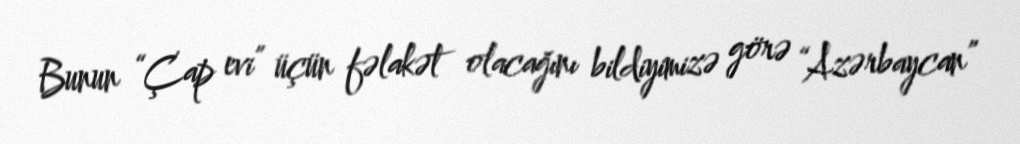
Bunun “Çap evi” üçün fəlakət olacağını bildiyimizə görə “Azərbaycan”